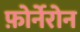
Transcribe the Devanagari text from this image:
फ़ोर्नेरोन